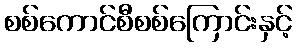
စစ်ကောင်စီစစ်ကြောင်းနှင့်